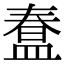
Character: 𭾇